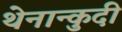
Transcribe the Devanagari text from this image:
थेनान्कुदी